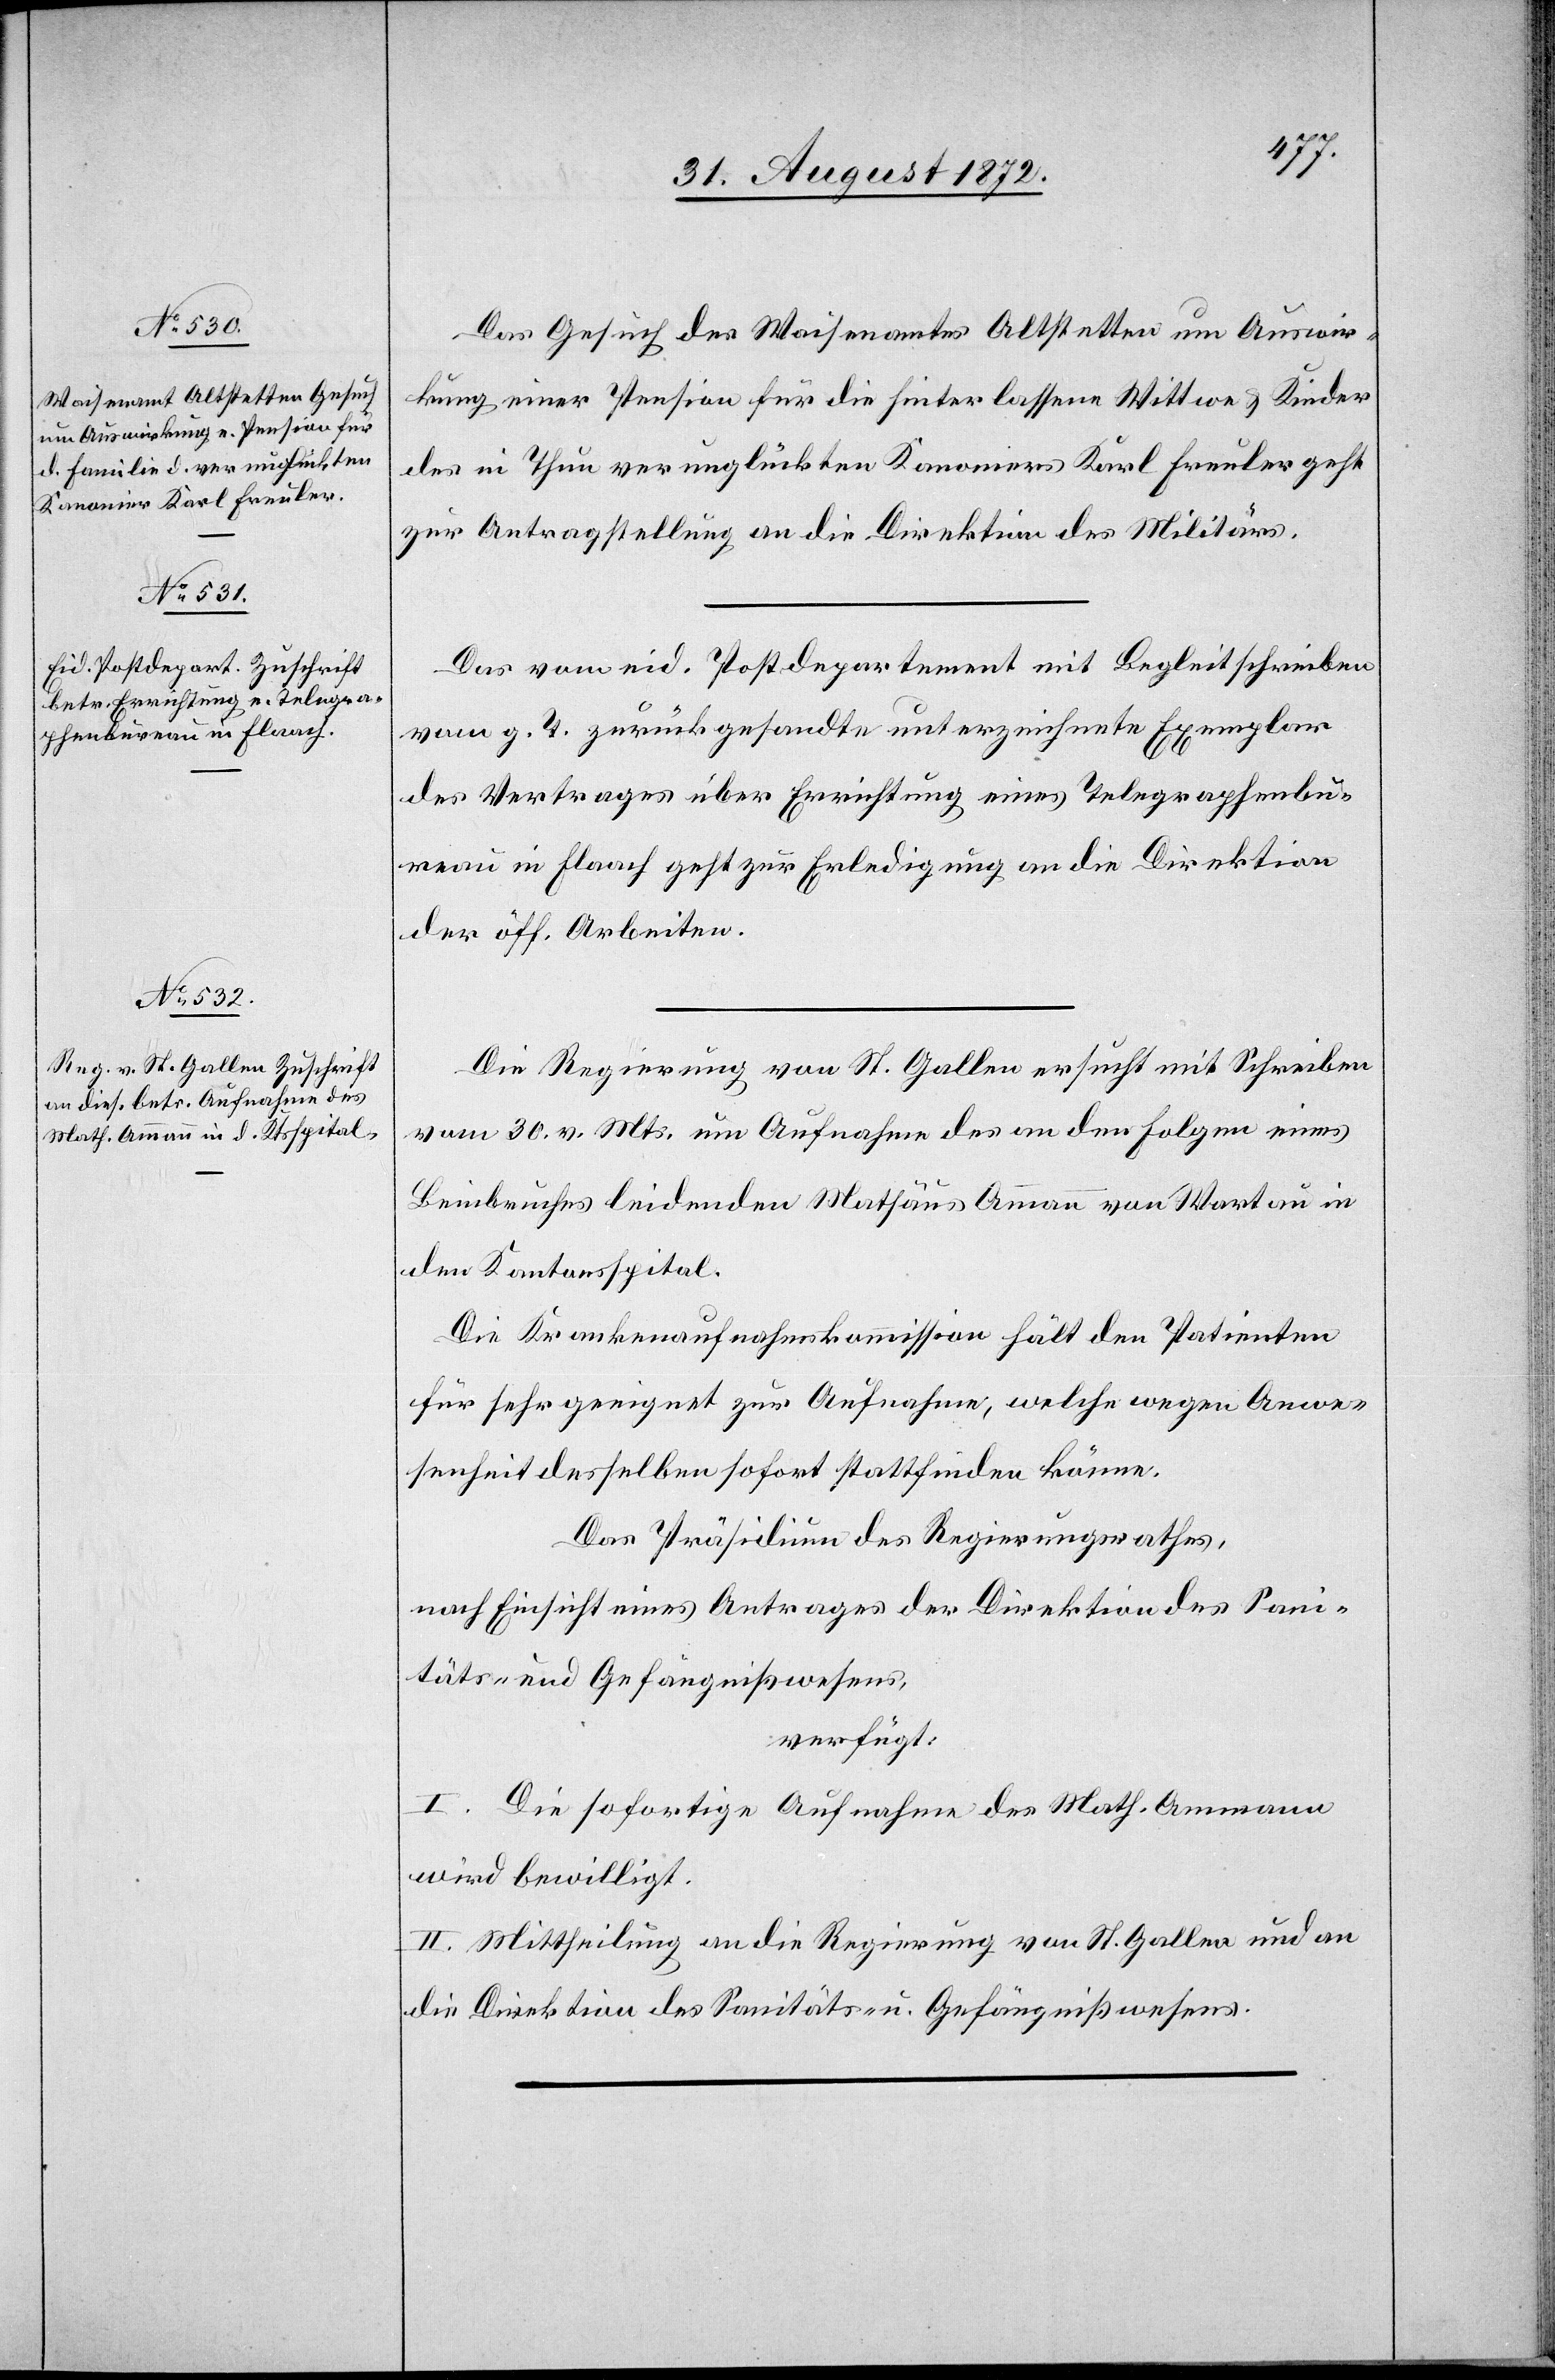
Das Gesuch des Waisenamtes Altstetten um Auswir¬
kung einer Pension für die hinterlassene Wittwe u. Kinder
des in Thun verunglückten Kanoniers Karl Freuler geht
zur Antragstellung an die Direktion des Militärs.
Das vom eid. Postdepartement mit Begleitschreiben
vom g. T. zurückgesandte unterzeichnete Exemplar
des Vertrages über Errichtung eines Telegraphenbu¬
reau in Flaach geht zur Erledigung an die Direktion
der öff. Arbeiten.
Die Regierung von St. Gallen ersucht mit Schreiben
vom 30. v. Mts. um Aufnahme des an den Folgen eines
Beinbruches leidenden Mathäus Ammann von Wartau in
den Kantonsspital.
Die Krankenaufnahmskommission hält den Patienten
für sehr geeignet zur Aufnahme, welche wegen Anwe¬
senheit desselben sofort stattfinden könne.
Das Präsidium des Regierungsrathes,
nach Einsicht eines Antrages der Direktion des Sani¬
täts- und Gefängnißwesens,
verfügt:
I. Die sofortige Aufnahme des Math. Ammann
wird bewilligt.
II. Mittheilung an die Regierung von St. Gallen und an
die Direktion des Sanitäts- u. Gefängnißwesens.